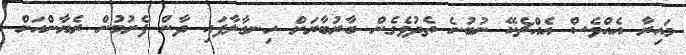
މައިރާ އެއްވެސް އެއްޗެކޭ ނުބުނެ ތެދުވެގެން ބާރުބާރަށް ހިނގާލާފައި ދާން ފެށުމުން ރެޔާންއަށް